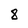
Character: 8